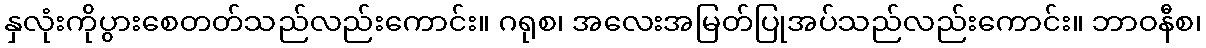
နှလုံးကိုပွားစေတတ်သည်လည်းကောင်း။ ဂရုစ၊ အလေးအမြတ်ပြုအပ်သည်လည်းကောင်း။ ဘာဝနီစ၊